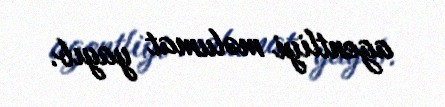
agentliyi məlumat yayıb.